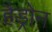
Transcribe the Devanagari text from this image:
हैड्रोन